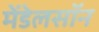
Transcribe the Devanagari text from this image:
मेंडेलसॉन